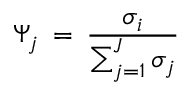
\Psi _ { j } \: = \: \frac { \sigma _ { i } } { \sum _ { j = 1 } ^ { J } { \sigma _ { j } } }